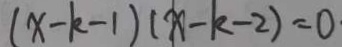
( x - k - 1 ) ( x - k - 2 ) = 0